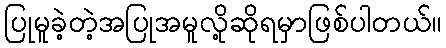
ပြုမူခဲ့တဲ့အပြုအမူလို့ဆိုရမှာဖြစ်ပါတယ်။